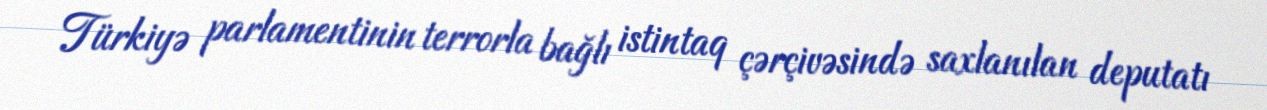
Türkiyə parlamentinin terrorla bağlı istintaq çərçivəsində saxlanılan deputatı